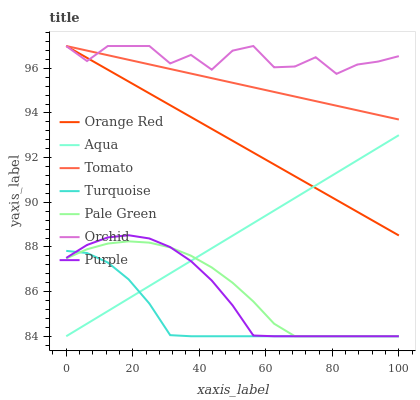
| xaxis_label | Orange Red | Aqua | Tomato | Turquoise | Pale Green | Orchid | Purple |
 | --- | --- | --- | --- | --- | --- | --- | --- |
 | 0 | 97 | 84 | 97 | 87.8 | 87.5 | 97 | 87.5 |
 | 6.25 | 96.5 | 84.6 | 96.8 | 87.7 | 87.9 | 96.3 | 88.1 |
 | 12.5 | 95.9 | 85.1 | 96.6 | 87.3 | 88.2 | 97 | 88.4 |
 | 18.8 | 95.4 | 85.7 | 96.4 | 86.5 | 88.3 | 97 | 88.5 |
 | 25 | 94.9 | 86.3 | 96.2 | 85.5 | 88.2 | 97 | 88.4 |
 | 31.2 | 94.3 | 86.8 | 96 | 84 | 88 | 96.2 | 88 |
 | 37.5 | 93.8 | 87.4 | 95.8 | 84 | 87.6 | 96.6 | 87.4 |
 | 43.8 | 93.3 | 87.9 | 95.6 | 84 | 87.1 | 95.9 | 86.5 |
 | 50 | 92.8 | 88.5 | 95.4 | 84 | 86.4 | 96.8 | 85.4 |
 | 56.2 | 92.2 | 89.1 | 95.1 | 84 | 85.6 | 97 | 84 |
 | 62.5 | 91.7 | 89.6 | 94.9 | 84 | 84.6 | 96 | 84 |
 | 68.8 | 91.2 | 90.2 | 94.7 | 84 | 84 | 96.1 | 84 |
 | 75 | 90.6 | 90.8 | 94.5 | 84 | 84 | 96.5 | 84 |
 | 81.2 | 90.1 | 91.3 | 94.3 | 84 | 84 | 95.8 | 84 |
 | 87.5 | 89.6 | 91.9 | 94.1 | 84 | 84 | 96.2 | 84 |
 | 93.8 | 89 | 92.4 | 93.9 | 84 | 84 | 96.3 | 84 |
 | 100 | 88.5 | 93 | 93.7 | 84 | 84 | 96.5 | 84 |